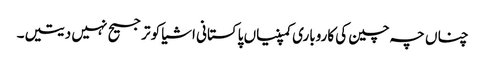
چناں چہ چین کی کاروباری کمپنیاں پاکستانی اشیا کو ترجیح نہیں دیتیں۔